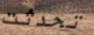
تحدثت